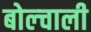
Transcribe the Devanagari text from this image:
बोल्चाली